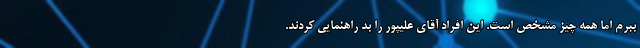
ببرم اما همه چیز مشخص است. این افراد آقای علیپور را بد راهنمایی کردند.